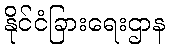
နိုင်ငံခြားရေးဌာန